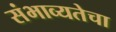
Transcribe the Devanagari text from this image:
संभाव्यतेचा